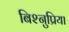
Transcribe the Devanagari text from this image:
बिश्नुप्रिया